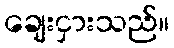
ချေးငှားသည်။